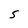
Character: 5